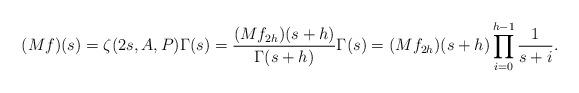
LaTeX: \begin{align*}(Mf)(s)=\zeta(2s,A,P)\Gamma(s)=\frac{(Mf_{2h})(s+h)}{\Gamma(s+h)}\Gamma(s)=(Mf_{2h})(s+h)\prod_{i=0}^{h-1}\frac{1}{s+i}.\end{align*}